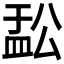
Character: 𬐟